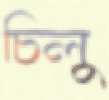
চিলু